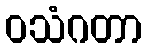
ဝသံဂတာ